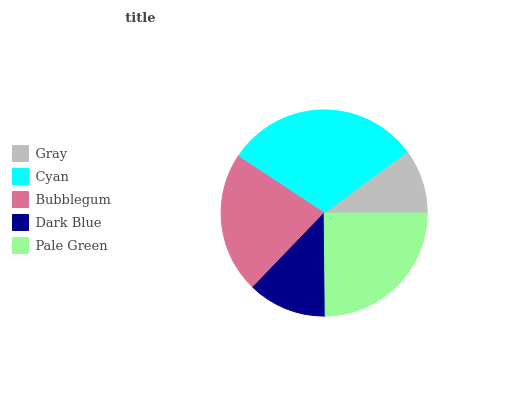
| Gray | Cyan | Bubblegum | Dark Blue | Pale Green |
 | --- | --- | --- | --- | --- |
 | 10.1% | 30.6% | 22.1% | 12.4% | 24.8% |